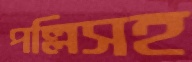
পল্লিসহ